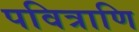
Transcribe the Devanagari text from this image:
पवित्राणि